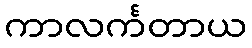
ကာလင်္ကတာယ